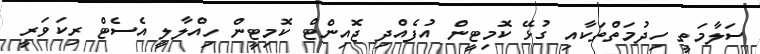
ސަލާމަތީ ހިދުމަތްތަކާއި ގުޅޭ ކޮމިޓީން އުފެއްދި ޖޮއިންޓް ކޮމިޓީން ހިއްލާލީ އެސެޓް ރިކަވަރީ